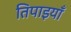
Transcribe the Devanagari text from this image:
तिपाइयाँ